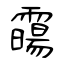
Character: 霷